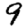
Digit: 9